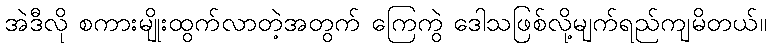
အဲဒီလို စကားမျိုးထွက်လာတဲ့အတွက် ကြေကွဲ ဒေါသဖြစ်လို့မျက်ရည်ကျမိတယ်။